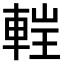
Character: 𨌂